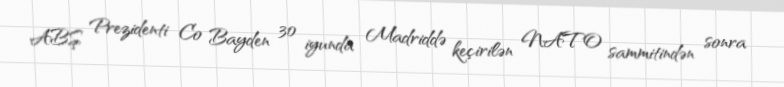
ABŞ Prezidenti Co Bayden 30 iyunda Madriddə keçirilən NATO sammitindən sonra